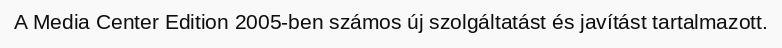
A Media Center Edition 2005-ben számos új szolgáltatást és javítást tartalmazott.